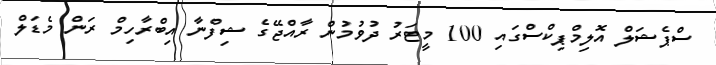
ސްޕެޝަލް އޮލިމްޕިކްސްގައި 100 މީޓަރު ދުވުމުން ރާއްޖޭގެ ޝިފްނާ އިބްރާހިމް ރަން މެޑަލް